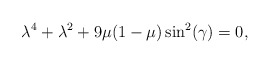
\begin{align*}\lambda^4 + \lambda^2 + 9\mu(1-\mu)\sin^2(\gamma)=0,\end{align*}